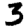
Digit: 3